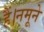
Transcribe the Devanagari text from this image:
हैं।नमूने